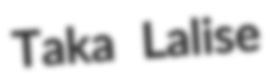
Taka Lalise